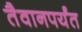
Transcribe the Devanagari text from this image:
तैवानपर्यंत